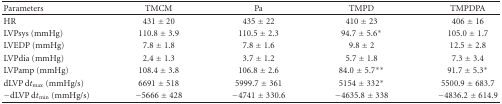
<table><thead><tr><td><b>Parameters</b></td><td><b>TMCM</b></td><td><b>Pa</b></td><td><b>TMPD</b></td><td><b>TMPDPA</b></td></tr></thead><tbody><tr><td>HR</td><td>431 ± 20</td><td>435 ± 22</td><td>410 ± 23</td><td>406 ± 16</td></tr><tr><td>LVPsys (mmHg)</td><td>110.8 ± 3.9</td><td>110.5 ± 2.3</td><td>94.7 ± 5.6*</td><td>105.0 ± 1.7</td></tr><tr><td>LVEDP (mmHg)</td><td>7.8 ± 1.8</td><td>7.8 ± 1.6</td><td>9.8 ± 2</td><td>12.5 ± 2.8</td></tr><tr><td>LVPdia (mmHg)</td><td>2.4 ± 1.3</td><td>3.7 ± 1.2</td><td>5.7 ± 1.8</td><td>7.3 ± 3.4</td></tr><tr><td>LVPamp (mmHg)</td><td>108.4 ± 3.8</td><td>106.8 ± 2.6</td><td>84.0 ± 5.7**</td><td>91.7 ± 5.3*</td></tr><tr><td>dLVP d<i>t</i><sub>max</sub> (mmHg/s)</td><td>6691 ± 518</td><td>5999.7 ± 361</td><td>5154 ± 332*</td><td>5500.9 ± 683.7</td></tr><tr><td>−dLVP d<i>t</i><sub>min</sub> (mmHg/s)</td><td>−5666 ± 428</td><td>−4741 ± 330.6</td><td>−4635.8 ± 338</td><td>−4836.2 ± 614.9</td></tr></tbody></table>